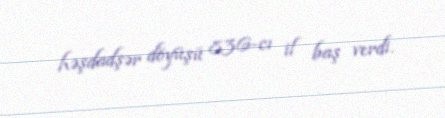
həşdadşər döyüşü 836-cı il baş verdi.